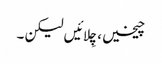
چیخیں، چِلائیں لیکن ۔